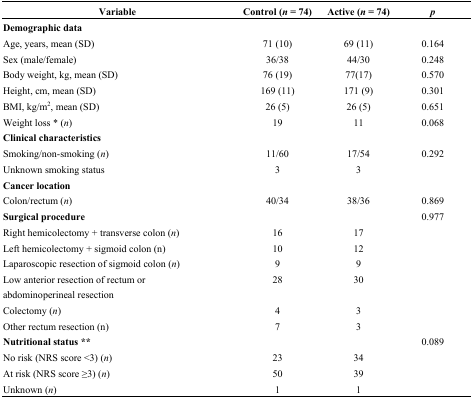
| Variable | Control (n = 74) | Active (n = 74) | p |
 | --- | --- | --- | --- |
 | Demographic data |  |  |  |
 | Age, years, mean (SD) | 71 (10) | 69 (11) | 0.164 |
 | Sex (male/female) | 36/38 | 44/30 | 0.248 |
 | Body weight, kg, mean (SD) | 76 (19) | 77(17) | 0.570 |
 | Height, cm, mean (SD) | 169 (11) | 171 (9) | 0.301 |
 | BMI, kg/m2, mean (SD) | 26 (5) | 26 (5) | 0.651 |
 | Weight loss * (n) | 19 | 11 | 0.068 |
 | Clinical characteristics |  |  |  |
 | Smoking/non-smoking (n) | 11/60 | 17/54 | 0.292 |
 | Unknown smoking status | 3 | 3 |  |
 | Cancer location |  |  |  |
 | Colon/rectum (n) | 40/34 | 38/36 | 0.869 |
 | Surgical procedure |  |  | 0.977 |
 | Right hemicolectomy + transverse colon (n) | 16 | 17 |  |
 | Left hemicolectomy + sigmoid colon (n) | 10 | 12 |  |
 | Laparoscopic resection of sigmoid colon (n) | 9 | 9 |  |
 | Low anterior resection of rectum or abdominoperineal resection | 28 | 30 |  |
 | Colectomy (n) | 4 | 3 |  |
 | Other rectum resection (n) | 7 | 3 |  |
 | Nutritional status ** |  |  | 0.089 |
 | No risk (NRS score <3) (n) | 23 | 34 |  |
 | At risk (NRS score ≥3) (n) | 50 | 39 |  |
 | Unknown (n) | 1 | 1 |  |